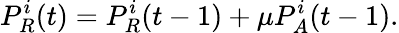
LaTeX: P_{R}^{i}(t)=P_{R}^{i}(t-1)+\mu P_{A}^{i}(t-1).